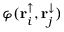
\varphi ( \mathbf { r } _ { i } ^ { \uparrow } , \mathbf { r } _ { j } ^ { \downarrow } )